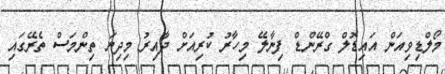
މޯލްޑިވިއަން އައިޑޮލް ގްރޭންޑް ފިނާލޭ މިހާރު ކުރިއަށް ދާއިރު މިދިޔަ ތިންމަސް ތެރޭގައި